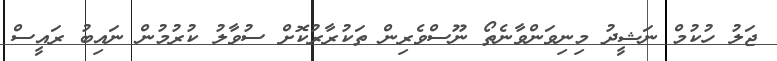
ޖަލު ހުކުމް ނަޝީދު މިނިވަންވާނެތޯ ނޫސްވެރިން ތަކުރާރުކޮށް ސުވާލު ކުރުމުން ނައިބު ރައީސް